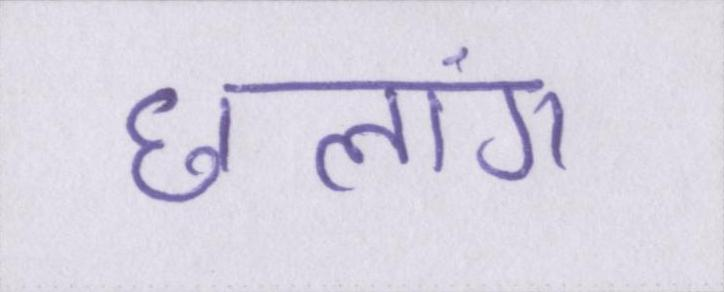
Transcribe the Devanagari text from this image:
छलांग